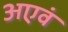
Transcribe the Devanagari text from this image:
अएवं